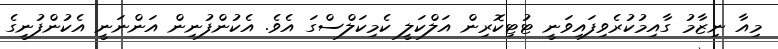
މިއާ ނިޒާމު ގާއިމުކުރެވިފައިވަނީ ޓުޓިކޮރިން އަލްކަލީ ކެމިކަލްސްގަ އެވެ. އެކުންފުނިން އަންނަނީ އެކުންފުނީގެ